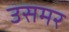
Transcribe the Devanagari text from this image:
उसमर